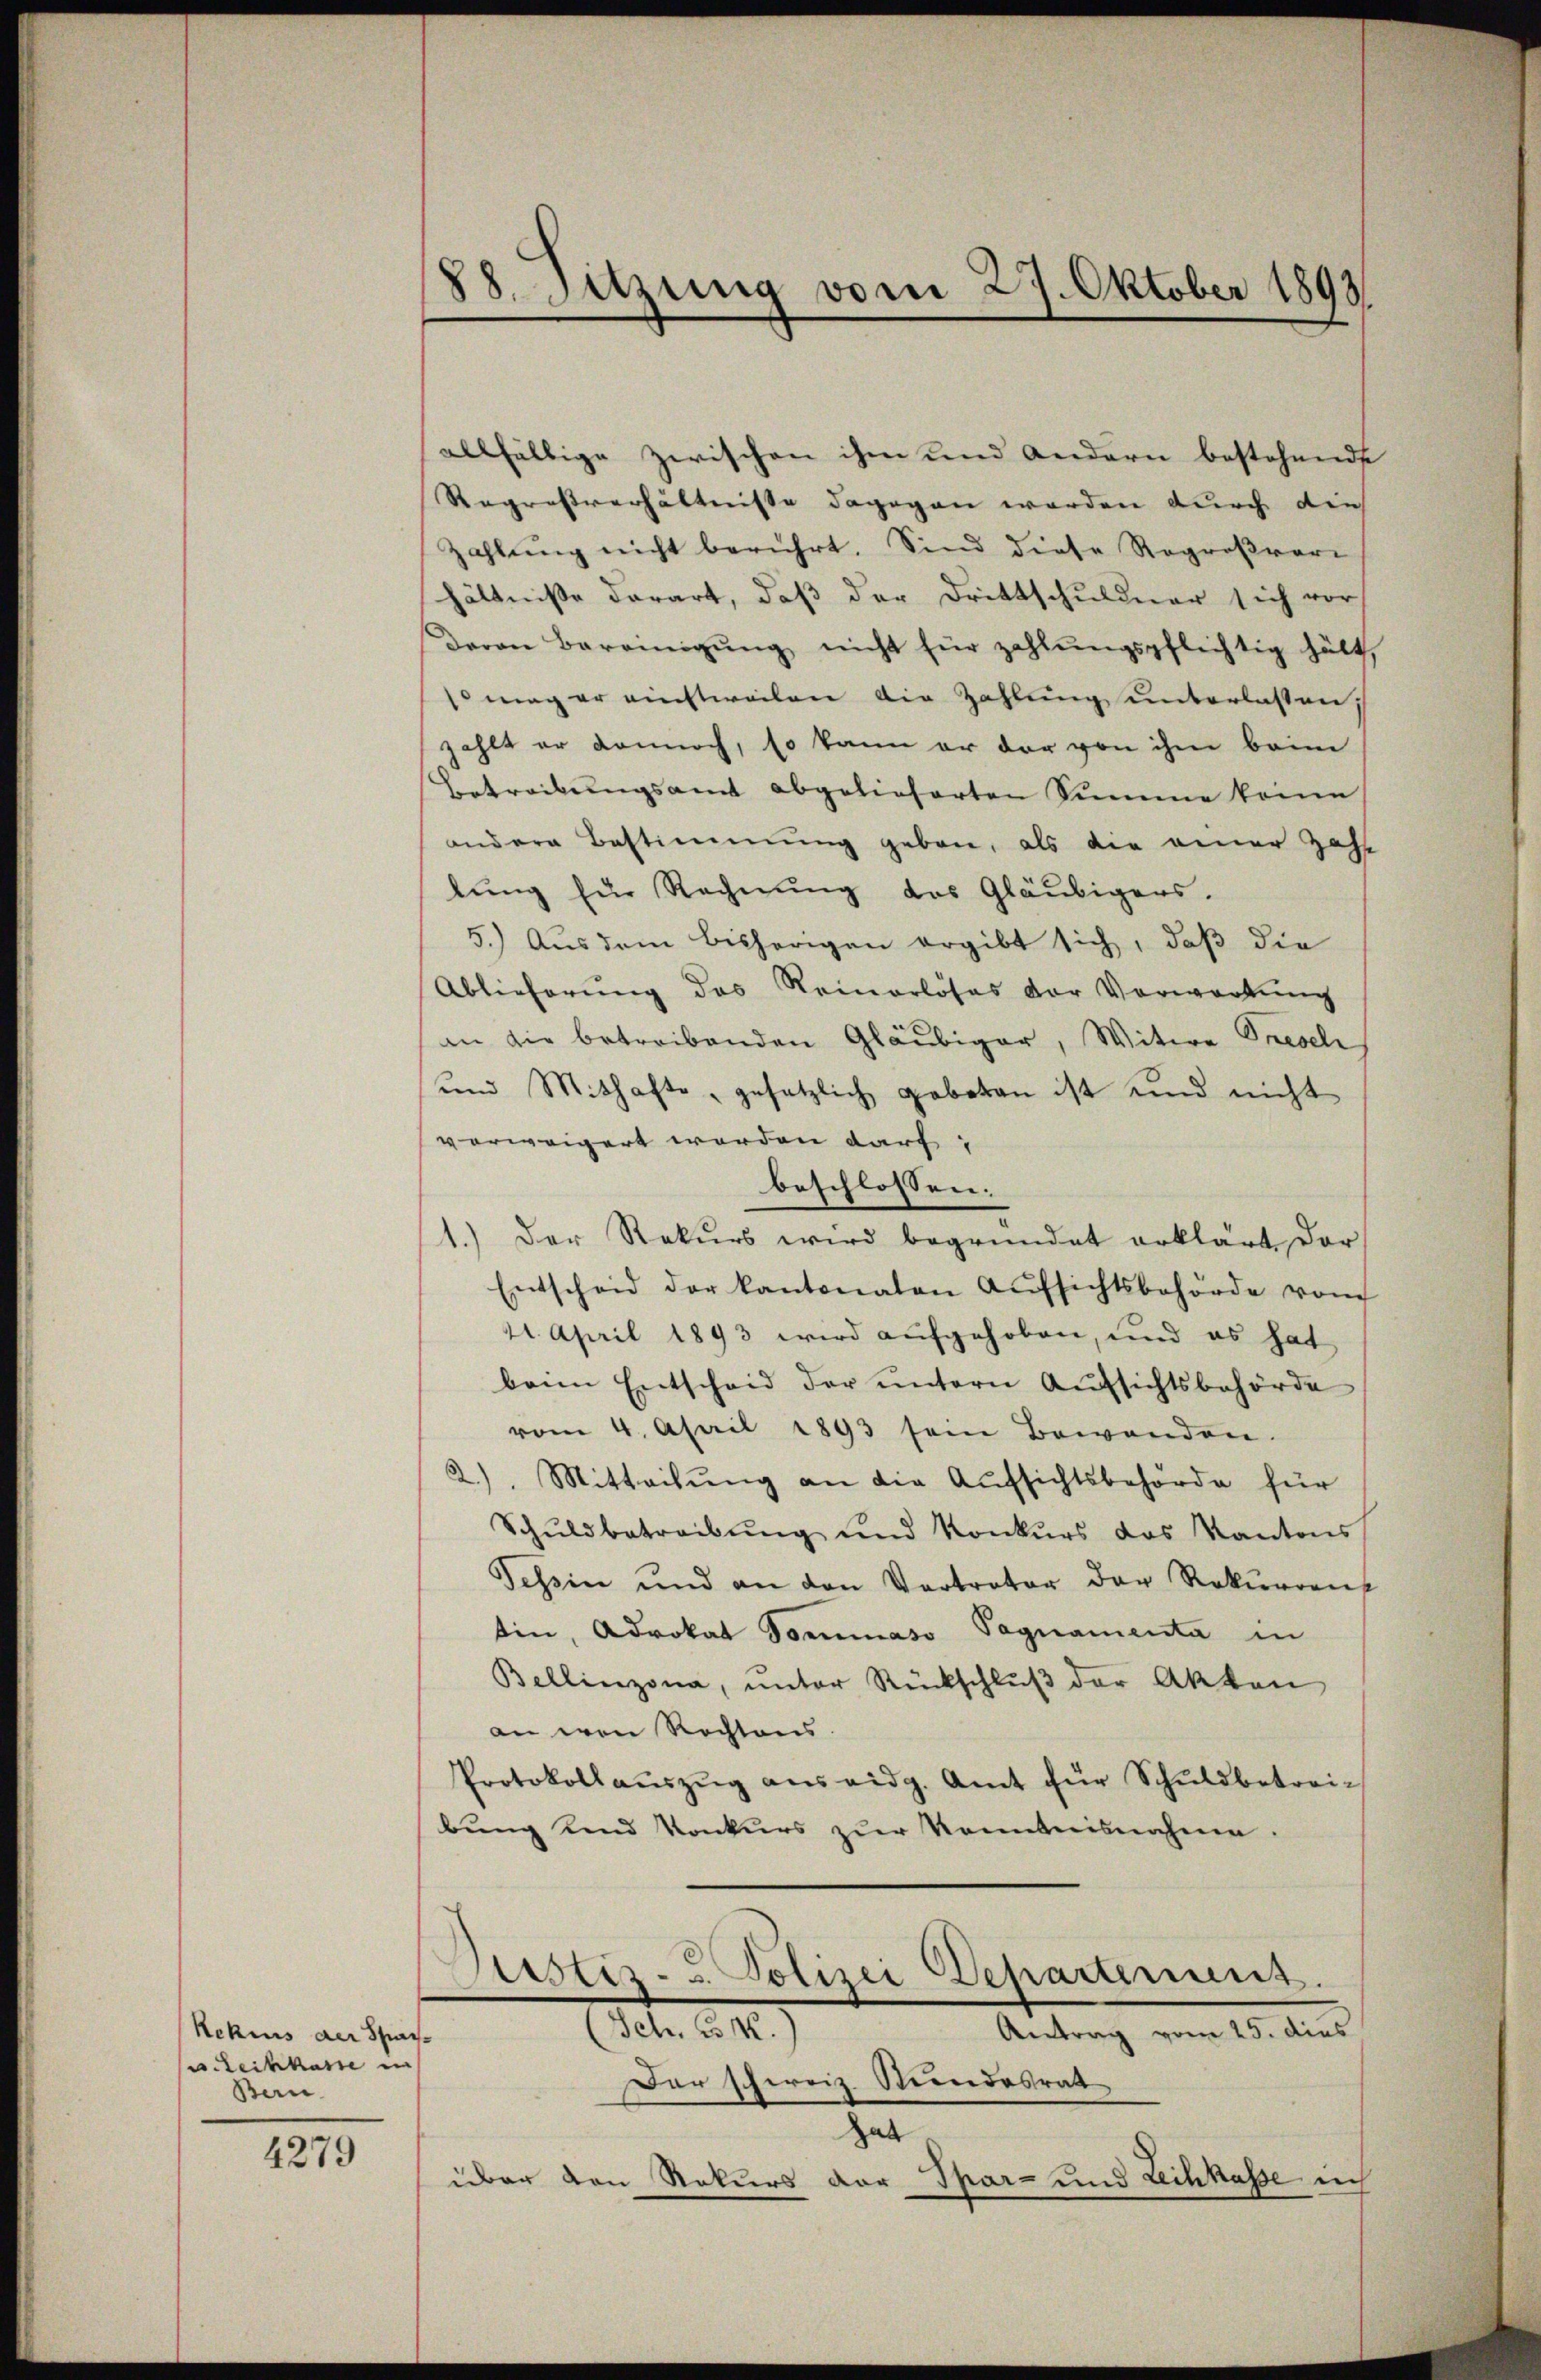
Rekius der Spar
Leihkasse in
Ban

4279

88. Sitzung vom 27. Oktober 1893

allfällige zwischen ihm und andern bestehende
Regressverhältnisse dagegen werden durch die
Zahlŭng nicht berührt. Sind diese Rogroβrari
hältniße derart, daß der Drittschuldner sich vor
Daron Bereinigŭng nicht für zahlŭngspflichtig hätt,
 mag er einstweilen die Zahlŭng ŭnterlassen,
zahlt er dannoch, so kann er der von ihm beim
Betreibŭngsamt abgelieferten Summe komme
andere Bestimmung geben, als die einer Zahl
lŭng für Rechnung des Gläubigers.
5.) Aus dem bisherigen ergibt sich, daß die
Ablieferung des Reinerlöses der Verwartung
in die betreibenden Gläubiger, Witwe Spesch
und Mithafte, gesetzlich geboten ist und nicht
verweigert werden darf,
beschlossen:
1.) Der Rekŭrs wird begründet erklärt der
Entscheid der kantonaten Aŭfsichtsbehörde vom
4. April 1893 wird aufgehoben, und es hat
beim Entscheid der ŭntern Aŭfsichtsbehörde
vom 4. April 1893 sein Bewenden.
2) Mitteilung an die Aufsichtsbehörde für
Schŭldbetreibŭng und Konkŭrs das Kantons
Tessin und an den Vertreter der Rekurrent
tin, Advokat Dominaso Pagnamenta in
Bellinzona, unter Rückschlŭβ der Akten
an von Rechtaus.
Protokollaŭszŭg ans eidg. Amt für Schŭldbetrei-
bung und Konkurs zur Kenntnisnahme.
Justiz- u. Polizei Departement.
(Sch. 3. M.
Antrag vom 25. dies
Dar schweiz. Stundesrat
Hab
über den Rekurs der Spar- und Leihkasse ich